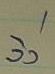
วิ่ง